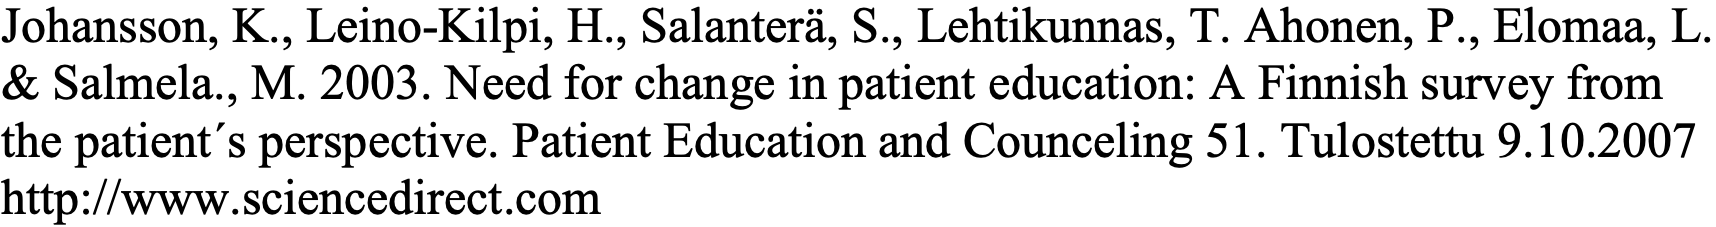
Johansson, K., Leino-Kilpi, H., Salanterä, S., Lehtikunnas, T. Ahonen, P., Elomaa, L. & Salmela., M. 2003. Need for change in patient education: A Finnish survey from the patient´s perspective. Patient Education and Counceling 51. Tulostettu 9.10.2007 http://www.sciencedirect.com